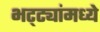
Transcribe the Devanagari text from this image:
भट्ट्यांमध्ये